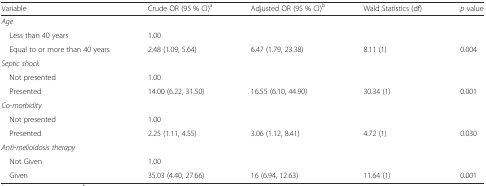
<table><thead><tr><td><b>Variable</b></td><td><b>Crude OR (95 % CI)<sup>a</sup></b></td><td><b>Adjusted OR (95 % CI)<sup>b</sup></b></td><td><b>Wald Statistics (df)</b></td><td><b><i>p</i> value</b></td></tr></thead><tbody><tr><td><i>Age</i></td><td></td><td></td><td></td><td></td></tr><tr><td> Less than 40 years</td><td>1.00</td><td></td><td></td><td></td></tr><tr><td> Equal to or more than 40 years</td><td>2.48 (1.09, 5.64)</td><td>6.47 (1.79, 23.38)</td><td>8.11 (1)</td><td>0.004</td></tr><tr><td><i>Septic shock</i></td><td></td><td></td><td></td><td></td></tr><tr><td> Not presented</td><td>1.00</td><td></td><td></td><td></td></tr><tr><td> Presented</td><td>14.00 (6.22, 31.50)</td><td>16.55 (6.10, 44.90)</td><td>30.34 (1)</td><td>0.001</td></tr><tr><td><i>Co-morbidity</i></td><td></td><td></td><td></td><td></td></tr><tr><td> Not presented</td><td>1.00</td><td></td><td></td><td></td></tr><tr><td> Presented</td><td>2.25 (1.11, 4.55)</td><td>3.06 (1.12, 8.41)</td><td>4.72 (1)</td><td>0.030</td></tr><tr><td><i>Anti-melioidosis therapy</i></td><td></td><td></td><td></td><td></td></tr><tr><td> Not Given</td><td>1.00</td><td></td><td></td><td></td></tr><tr><td> Given</td><td>35.03 (4.40, 27.66)</td><td>16 (6.94, 12.63)</td><td>11.64 (1)</td><td>0.001</td></tr></tbody></table>